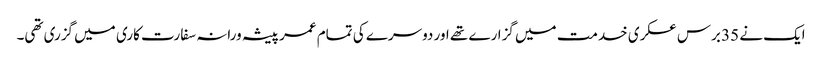
ایک نے 35 برس عسکری خدمت میں گزارے تھے اور دوسرے کی تمام عمر پیشہ ورانہ سفارت کاری میں گزری تھی۔